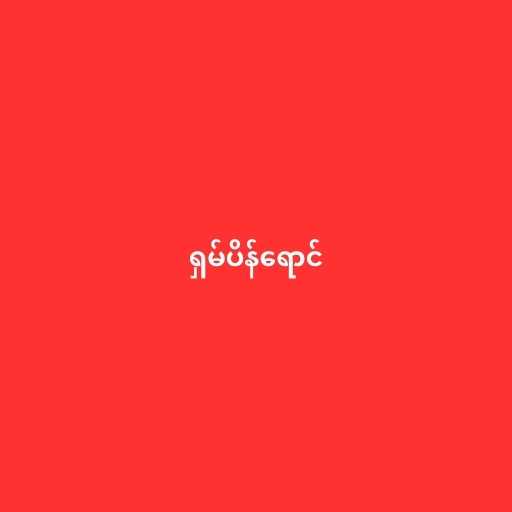
ရှမ်ပိန်ရောင်